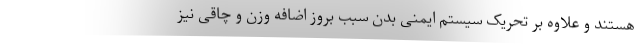
هستند و علاوه بر تحریک سیستم ایمنی بدن سبب بروز اضافه وزن و چاقی نیز